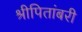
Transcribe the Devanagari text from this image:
श्रीपितांबरी